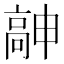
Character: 𱅹